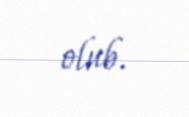
olub.